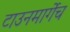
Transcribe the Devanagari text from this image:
टाउनमार्गेच